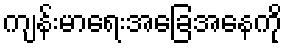
ကျန်းမာရေးအခြေအနေကို